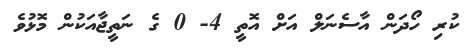
ކުރި ހޯދަން އާސެނަލް އަށް އޮތީ 4- 0 ގެ ނަތީޖާއަކުން މޮޅުވެ